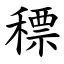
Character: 䅺